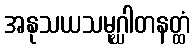
အနုသယသမုဂ္ဃါတနတ္ထံ